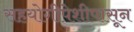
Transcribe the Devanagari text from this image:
सहयोगीपेशीपासून